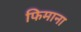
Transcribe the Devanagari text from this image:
फिमाना